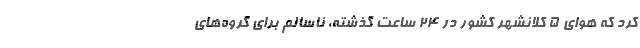
کرد که هوای ۵ کلانشهر کشور در ۲۴ ساعت گذشته، ناسالم برای گروه‌های